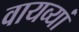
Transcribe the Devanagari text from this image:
वायव्यां